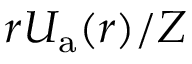
r U _ { \mathrm { a } } ( r ) / Z